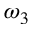
\omega _ { 3 }